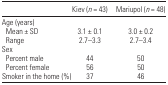
<table><thead><tr><td></td><td><b>Kiev (<i>n</i> = 43)</b></td><td><b>Mariupol (<i>n</i> = 48)</b></td></tr></thead><tbody><tr><td colspan="3">Age (years)</td></tr><tr><td> Mean ± SD</td><td>3.1 ± 0.1</td><td>3.0 ± 0.2</td></tr><tr><td> Range</td><td>2.7–3.3</td><td>2.7–3.4</td></tr><tr><td colspan="3">Sex</td></tr><tr><td> Percent male</td><td>44</td><td>50</td></tr><tr><td> Percent female</td><td>56</td><td>50</td></tr><tr><td>Smoker in the home (%)</td><td>37</td><td>46</td></tr></tbody></table>